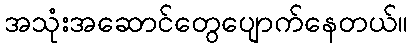
အသုံးအဆောင်တွေပျောက်နေတယ်။